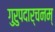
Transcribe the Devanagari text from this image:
गुरुपदार्चनम्